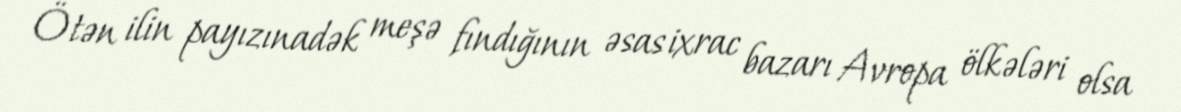
Ötən ilin payızınadək meşə fındığının əsas ixrac bazarı Avropa ölkələri olsa